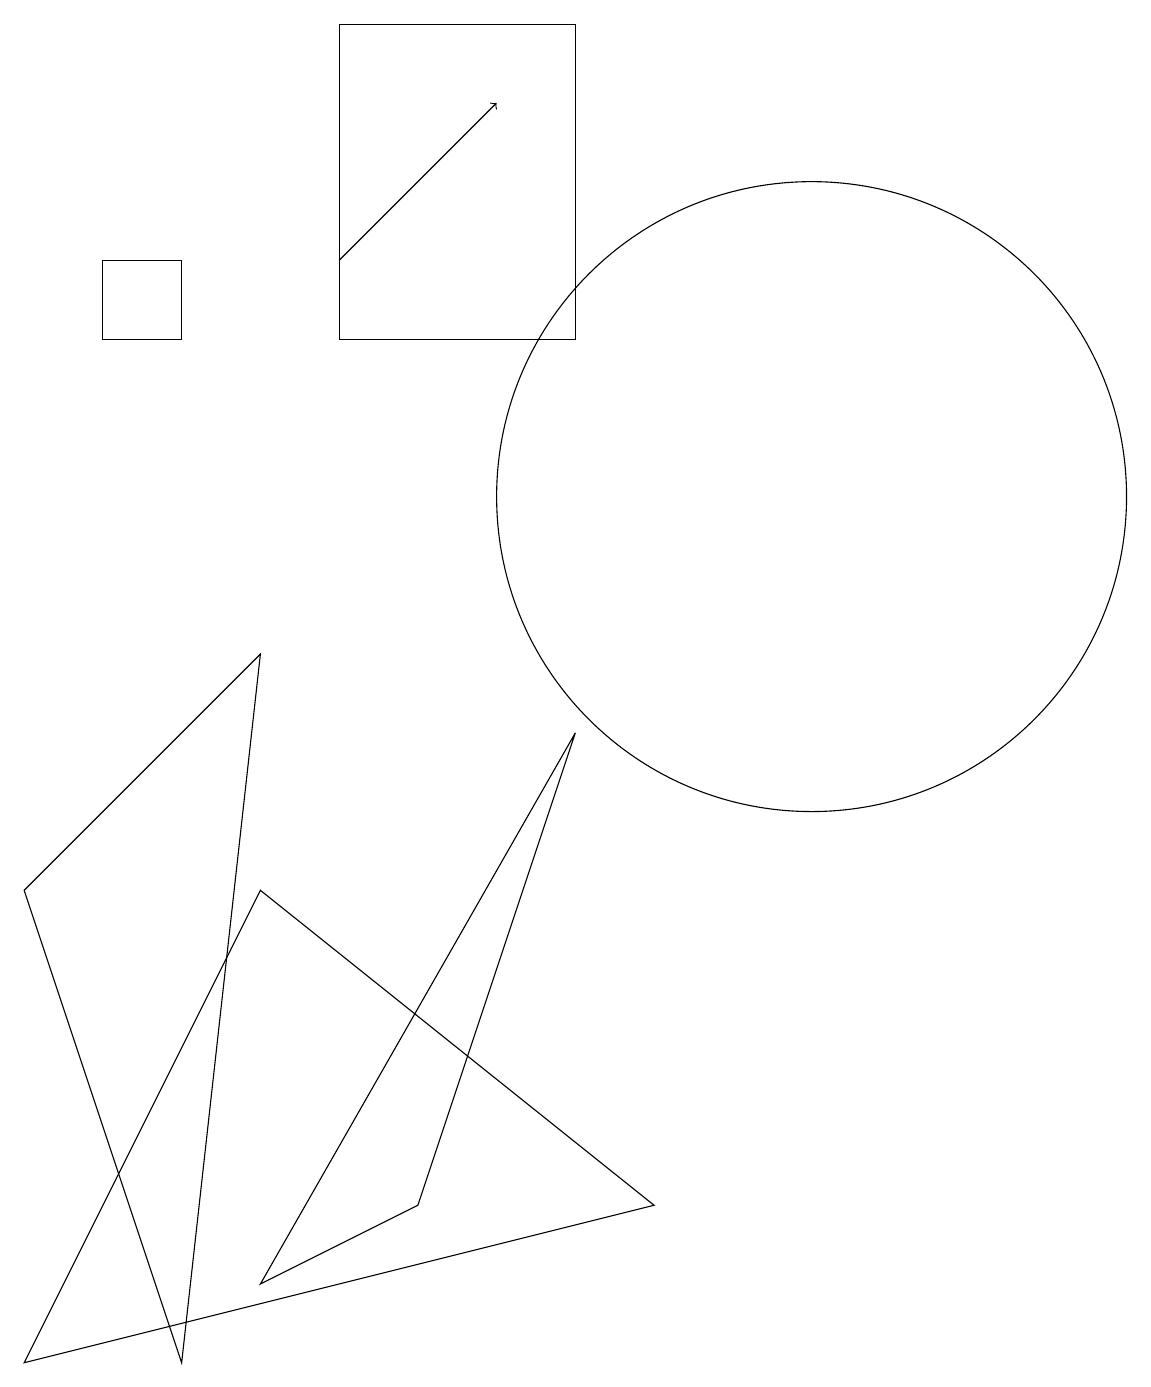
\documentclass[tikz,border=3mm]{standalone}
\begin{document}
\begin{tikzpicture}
\draw (5,2) -- (7,8) -- (3,1) -- cycle;
\draw (7,17) rectangle (4,13);
\draw (0,6) -- (3,9) -- (2,0) -- cycle;
\draw (1,13) rectangle (2,14);
\draw (3,6) -- (0,0) -- (8,2) -- cycle;
\draw[->] (4,14) -- (6,16);
\draw (10,11) circle (4);
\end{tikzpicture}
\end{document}